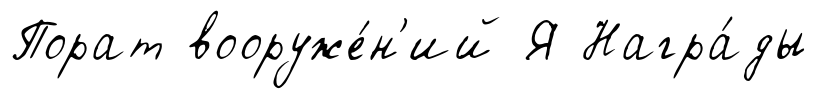
Порат вооруже́н'ий Я Награ́ды